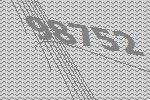
98752